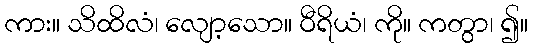
ကား။ သိထိလံ၊ လျော့သော။ ဝီရိယံ၊ ကို။ ကတွာ၊ ၍။